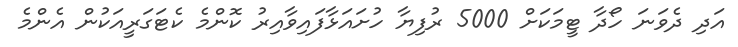
އަދި ދެވަނަ ހޯދާ ޓީމަކަށް 5000 ރުފިޔާ ހުށައަޅާފައިވާއިރު ކޮންމެ ކެޓަގަރީއަކުން އެންމެ